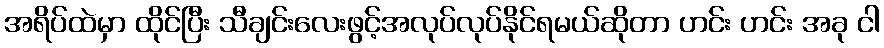
အရိပ်ထဲမှာ ထိုင်ပြီး သီချင်းလေးဖွင့်အလုပ်လုပ်နိုင်ရမယ်ဆိုတာ ဟင်း ဟင်း အခု ငါ